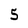
Character: 5